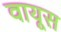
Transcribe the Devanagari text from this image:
वायूस